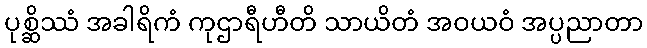
ပုစ္ဆိဿံ အခါရိကံ ကုဌာရီဟီတိ သာယိတံ အဝယဝံ အပ္ပညာတာ